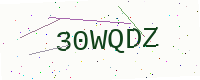
Text: 30WQDZ